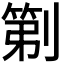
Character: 𫦒